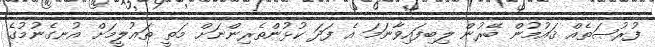
ފުރުޞަތެއް ޤައުމުން ބޭރުން ލިބިފައިވާނަމަ އެ ފަދަ ކުޅުންތެރިންނަށް މަތީ ތަޢުލީމަށް އުނގެނުމުގެ